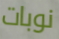
نوبات